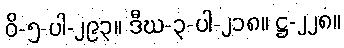
ဝိ-၅-ပါ-၂၉၃။ ဒီဃ-၃-ပါ-၂၁၈။ ဋ္ဌ-၂၂၈။